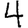
Digit: 4